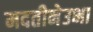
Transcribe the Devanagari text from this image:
मदतीनेउभा